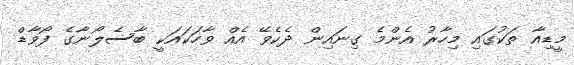
މީޑިއާ ތަކުގައި މިހާރު އެންމެ ގިނައިން ދެކެވޭ އެއް ވާހަކައަކީ ބާސެލޯނާގެ ފޯވާޑް